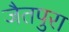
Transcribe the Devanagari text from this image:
जैतपुरा